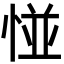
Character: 𢛰